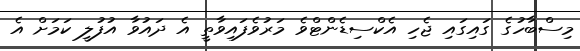
މިސްބާހުގެ ގައިގައި ޖެހި އެކްސިޑެންޓްވެ މަރުވެފައިވާތީ އެ ދައުވާ އުފުލީ ކަމަށް އެ